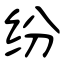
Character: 纷